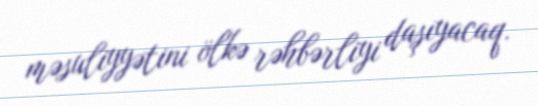
məsuliyyətini ölkə rəhbərliyi daşıyacaq.